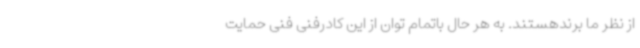
از نظر ما برندهستند. به هر حال باتمام توان از این کادرفنی فنی حمایت